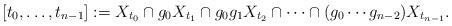
LaTeX: \begin{align*}[t_0, \ldots, t_{n-1}]:=X_{t_0}\cap g_0X_{t_1}\cap g_0g_1X_{t_2}\cap \dots\cap (g_0\cdots g_{n-2})X_{t_{n-1}}.\end{align*}